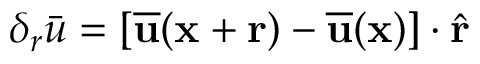
\delta _ { r } \bar { u } = [ \overline { { \mathbf { u } } } ( \mathbf { x } + \mathbf { r } ) - \overline { { \mathbf { u } } } ( \mathbf { x } ) ] \cdot \hat { \mathbf { r } }